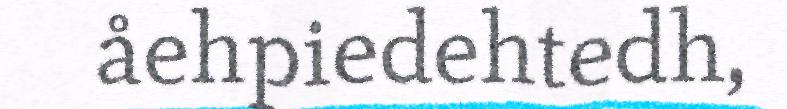
åehpiedehtedh,